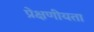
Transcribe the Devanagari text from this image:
प्रेक्षणीयता